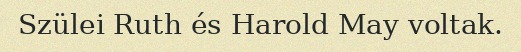
Szülei Ruth és Harold May voltak.